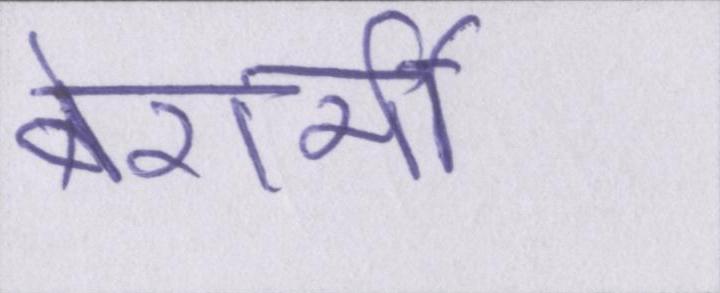
बेशर्मी